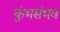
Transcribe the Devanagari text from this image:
कुंभसंभव